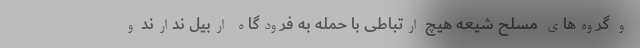
و گروه‌های مسلح شیعه هیچ ارتباطی با حمله به فرودگاه اربیل ندارند و